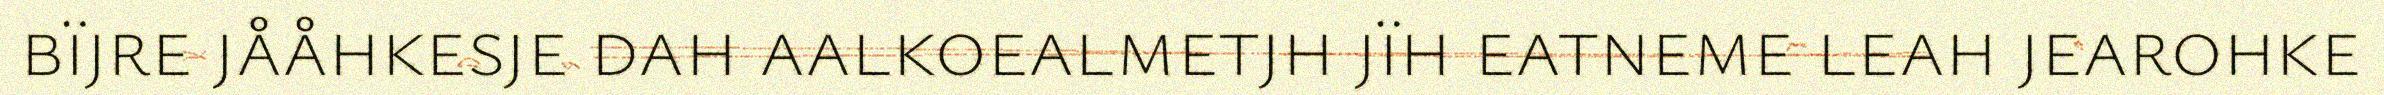
bïjre jååhkesje dah aalkoealmetjh jïh eatneme leah jearohke